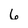
Character: 6